Vaccination in the Punjab 1919-1929 - 1919-1929
Year: 1919
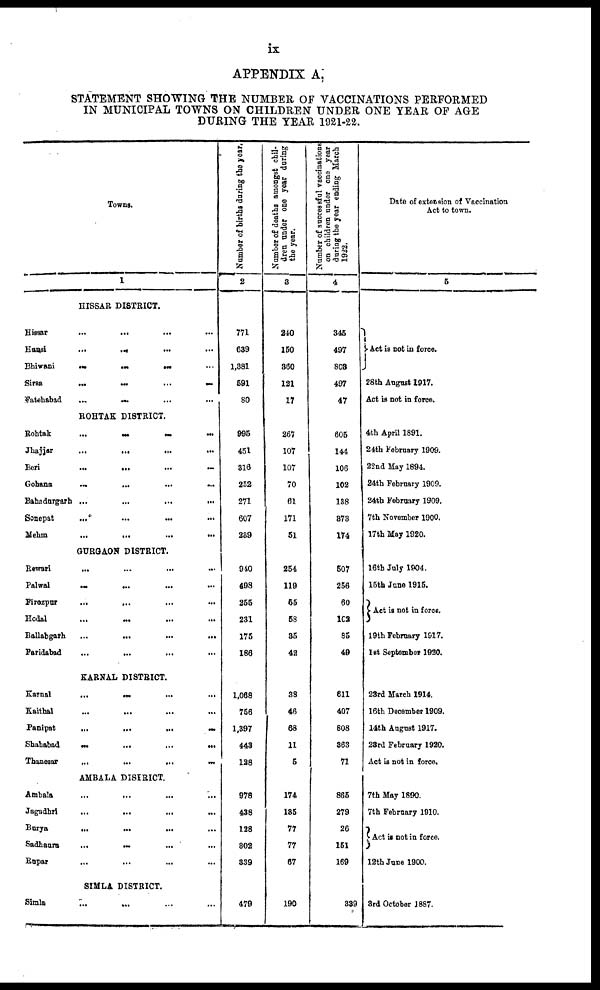
ix
APPENDIX A
STATEMENT SHOWING THE NUMBER OF VACCINATIONS PERFORMED
IN MUNICIPAL TOWNS ON CHILDREN UNDER ONE YEAR OF AGE
DURING THE YEAR 1921-22.
Towns.
1
HISSAR DISTRICT.
Hissar
...
... ... ...
Hansi
...
... ... ...
Bhiwani
... ... ... ...
Sirsa
...
...
...
...
Fatehabad
...
... ... ...
ROHTAK DISTRICT.
Rohtak
...
...
...
...
Jhajjar ... ... ... ...
Beri
...
... ... ...
Gohana
...
...
...
...
Bahadurgarh ...
...
...
...
Sonepat ... ... ... ...
Mehm ... ... ... ...
GURGAON DISTRICT.
Rewari
... ... ... ...
Palwal ... ... ... ...
Firozpur
...
... ... ...
Hodal ... ... ... ...
Ballabgarh ... ... ... ...
Faridabad ... ... ... ...
KARNAL DISTRICT.
Karnal
...
...
...
...
Kaithal ... ... ... ...
Panipat
...
...
...
...
Shahabad
...
... ... ...
Thanesar
...
...
...
...
AMBALA DISIRICT.
Ambala ... ... ... ...
Jagadhri ... ... ... ...
Burya
... ... ... ...
Sadhaura
...
... ... ...
Rupar ... ... ... ...
SIMLA DISTRICT.
Simla ... ... ... ...
Number of births during the year.
2
771
639
1,881
591
80
995
451
316
252
271
607
239
940
498
255
231
175
186
1,068
756
1,397
443
128
978
438
128
302
339
479
Number of deaths amongst chil¬
dren under one year during
the year.
3
240
150
360
121
17
267
107
107
70
61
171
51
254
119
55
58
35
42
38
46
68
11
5
174
135
77
77
67
190
Number of successful vaccinations
on children under one year
during the year ending March
1922.
4
345
497
808
497
47
605
144
106
102
138
873
174
507
256
60
103
85
49
611
407
808
363
71
865
279
26
151
169
339
Date of extension of Vaccination
Act to town.
5
Act is not in force.
28th August 1917.
Act is not in force.
4th April 1891.
24th February 1909.
22nd May 1894.
24th February 1909.
24th February 1909.
7th November 1900.
17th May 1920.
16th July 1904.
15th June 1915.
Act is not in force.
19th February 1917.
1st September 1930.
23rd March 1914.
16th December 1909.
14th August 1917.
23rd February 1920.
Act is not in force.
7th May 1890.
7th February 1910.
Act is not in force.
12th June 1900.
3rd October 1887.